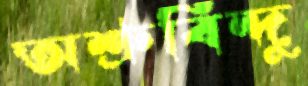
অশ্রুবিন্দু